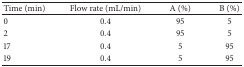
| Time (min) | Flow rate (mL/min) | A (%) | B (%) |
 | --- | --- | --- | --- |
 | 0 | 0.4 | 95 | 5 |
 | 2 | 0.4 | 95 | 5 |
 | 17 | 0.4 | 5 | 95 |
 | 19 | 0.4 | 5 | 95 |